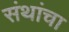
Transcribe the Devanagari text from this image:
संथांचा